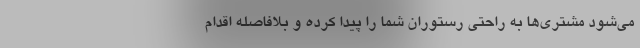
می‌شود مشتری‌ها به راحتی رستوران شما را پیدا کرده و بلافاصله اقدام